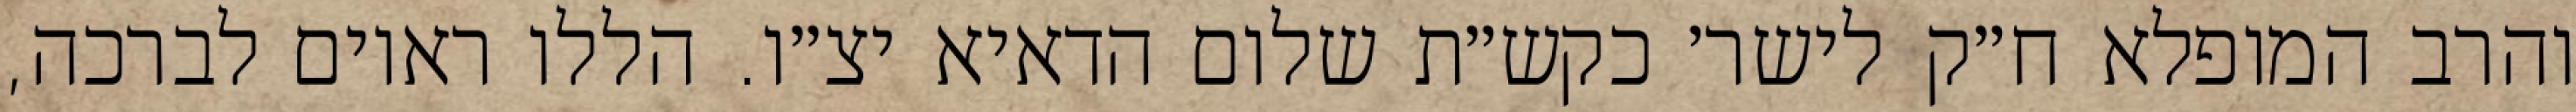
והרב המופלא ח״ק לישר׳ כקש״ת שלום הדאיא יצ״ו. הללו ראוים לברכה,